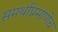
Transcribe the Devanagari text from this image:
समर्थांप्रमाणेच